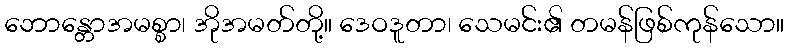
ဘောန္တောအမစ္စာ၊ အိုအမတ်တို့။ ဒေဝဒူတာ၊ သေမင်း၏ တမန်ဖြစ်ကုန်သော။